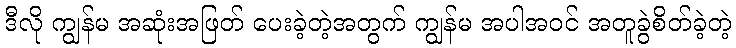
ဒီလို ကျွန်မ အဆုံးအဖြတ် ပေးခဲ့တဲ့အတွက် ကျွန်မ အပါအဝင် အတူခွဲစိတ်ခဲ့တဲ့